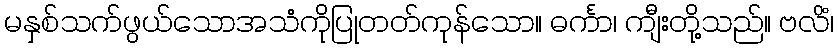
မနှစ်သက်ဖွယ်သောအသံကိုပြုတတ်ကုန်သော။ ဓင်္ကာ၊ ကျီးတို့သည်။ ဗလိံ၊